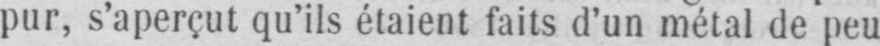
pur, s’aperçut qu’ils étaient faits d’un métal de peu